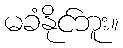
မခံနိုင်ဘူး။